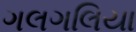
ગલગલિયા